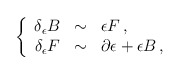
\begin{align*}\left\{\begin{array}{rcl}\delta_{\epsilon} B & \sim & \epsilon F\, , \\\delta_{\epsilon} F & \sim & \partial\epsilon + \epsilon B\, , \\\end{array}\right.\end{align*}